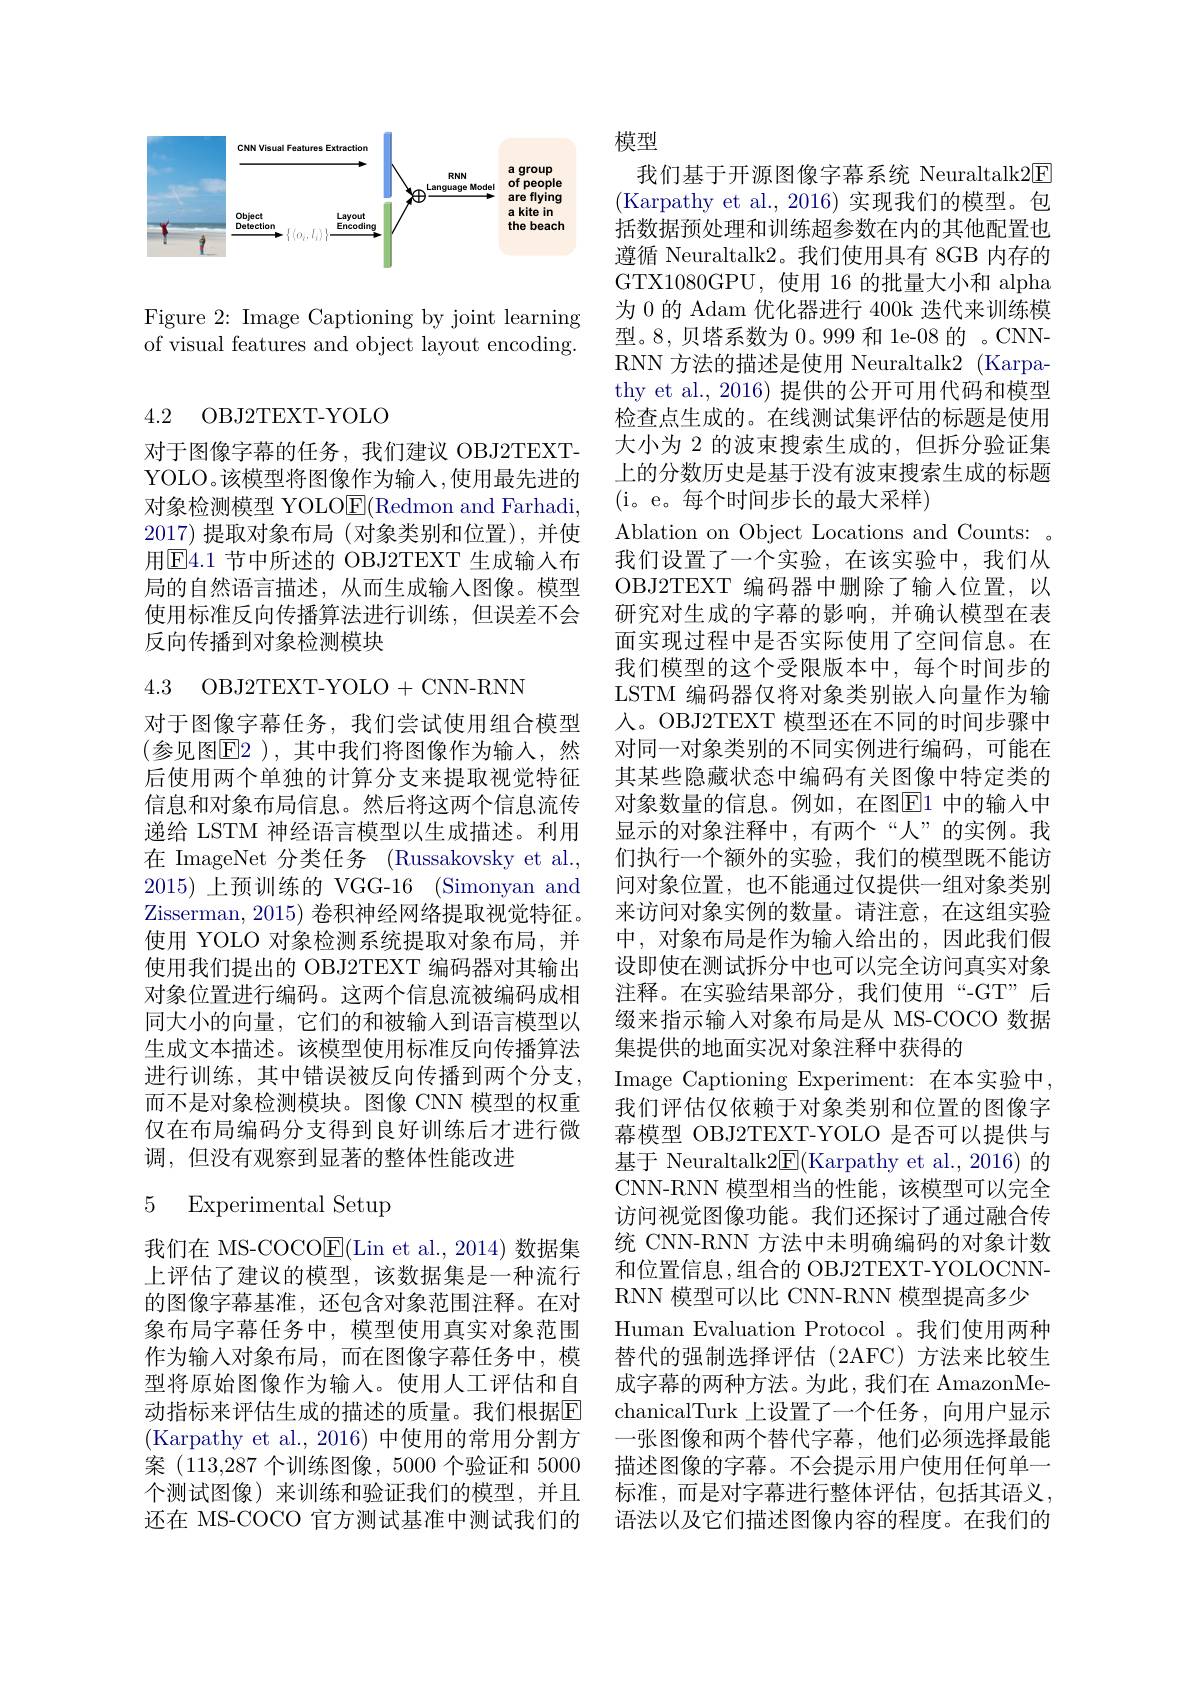
<FigureHere>

Figure 2: Image Captioning by joint learning of visual features and object layout encoding.

4.2 OBJ2TEXT-YOLO

对于图像字幕的任务，我们建议 OBJ2TEXTYOLO。该模型将图像作为输入，使用最先进的对象检测模型 YOLO$\overline{\mathrm{E}}($Redmon and Farhadi, 2017)提取对象布局 (对象类别和位置),并使用$\boxed{\mathrm{E}}4.1$ 节中所述的 OBJ2TEXT 生成输入布局的自然语言描述，从而生成输入图像。模型使用标准反向传播算法进行训练，但误差不会反向传播到对象检测模块

4.3 OBJ2TEXT-YOLO+CNN-RNN

对于图像字幕任务，我们尝试使用组合模型(参见图$\overline{\mathrm{E}}2)$,其中我们将图像作为输入，然后使用两个单独的计算分支来提取视觉特征信息和对象布局信息。然后将这两个信息流传递给 LSTM 神经语言模型以生成描述。利用在 ImageNet 分类任务 (Russakovsky et al., 2015)上预训练的 VGG-16 (Simonyan and Zisserman, 2015) 卷积神经网络提取视觉特征。使用 YOLO 对象检测系统提取对象布局，并使用我们提出的 OBJ2TEXT 编码器对其输出对象位置进行编码。这两个信息流被编码成相同大小的向量，它们的和被输入到语言模型以生成文本描述。该模型使用标准反向传播算法进行训练，其中错误被反向传播到两个分支， 而不是对象检测模块。图像 CNN 模型的权重仅在布局编码分支得到良好训练后才进行微调，但没有观察到显著的整体性能改进

### 5 Experimental Setup

我们在 MS-COCOE(Lin et al.,2014)数据集上评估了建议的模型，该数据集是一种流行的图像字幕基准，还包含对象范围注释。在对象布局字幕任务中，模型使用真实对象范围作为输入对象布局，而在图像字幕任务中，模型将原始图像作为输入。使用人工评估和自动指标来评估生成的描述的质量。我们根据$\mathbb{E}$ (Karpathy et al.,2016) 中使用的常用分割方案(113,287个训练图像，5000 个验证和 5000个测试图像)来训练和验证我们的模型，并且还在 MS-COCO 官方测试基准中测试我们的

模型

我们基于开源图像字幕系统 Neuraltalk2E (Karpathy et al.,2016) 实现我们的模型。包括数据预处理和训练超参数在内的其他配置也遵循 Neuraltalk2。我们使用具有 8GB 内存的GTX1080GPU,使用 16 的批量大小和 alpha 为 0 的 Adam 优化器进行 400k 迭代来训练模型。8,贝塔系数为 0。999 和 1e-08 的 。CNNRNN 方法的描述是使用 Neuraltalk2 (Karpathy et al., 2016) 提供的公开可用代码和模型检查点生成的。在线测试集评估的标题是使用大小为 2 的波束搜索生成的，但拆分验证集上的分数历史是基于没有波束搜索生成的标题(i。e。每个时间步长的最大采样)
Ablation on Object Locations and Counts: 。我们设置了一个实验，在该实验中，我们从OBJ2TEXT 编码器中删除了输入位置，以研究对生成的字幕的影响，并确认模型在表面实现过程中是否实际使用了空间信息。在我们模型的这个受限版本中，每个时间步的LSTM 编码器仅将对象类别嵌入向量作为输人。OBJ2TEXT 模型还在不同的时间步骤中对同一对象类别的不同实例进行编码，可能在其某些隐藏状态中编码有关图像中特定类的对象数量的信息。例如，在图$\overline{\mathrm{E}}1$ 中的输入中显示的对象注释中，有两个“人”的实例。我们执行一个额外的实验，我们的模型既不能访问对象位置，也不能通过仅提供一组对象类别来访问对象实例的数量。请注意，在这组实验中，对象布局是作为输入给出的，因此我们假设即使在测试拆分中也可以完全访问真实对象注释。在实验结果部分，我们使用“-GT”后缀来指示输入对象布局是从 MS-COCO 数据集提供的地面实况对象注释中获得的
Image Captioning Experiment:在本实验中， 我们评估仅依赖于对象类别和位置的图像字幕模型 OBJ2TEXT-YOLO 是否可以提供与基于 Neuraltalk2$\overline {{\mathrm{E} }}$( $\text{Karpathy et al. , 2016) 的 }$ CNN-RNN 模型相当的性能，该模型可以完全访问视觉图像功能。我们还探讨了通过融合传统 CNN-RNN 方法中未明确编码的对象计数和位置信息，组合的 OBJ2TEXT-YOLOCNNRNN 模型可以比 CNN-RNN 模型提高多少
Human Evaluation Protocol 。我们使用两种替代的强制选择评估(2AFC)方法来比较生成字幕的两种方法。为此，我们在 AmazonMechanicalTurk 上设置了一个任务，向用户显示一张图像和两个替代字幕，他们必须选择最能描述图像的字幕。不会提示用户使用任何单一标准，而是对字幕进行整体评估，包括其语义， 语法以及它们描述图像内容的程度。在我们的